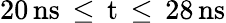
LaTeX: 20\, \mathrm{{ns}\, \leq\, t\, \leq\, 28\, \mathrm{{ns}}}